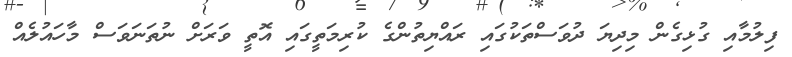
ފިލުމާއި ގުޅިގެން މިދިޔަ ދުވަސްތަކުގައި ރައްޔިތުންގެ ކުރިމަތީގައި އޮތީ ވަރަށް ނުތަނަވަސް މާހައުލެއް